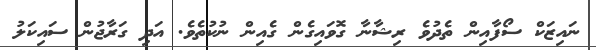
ނައިޒަކް ސޯފާއިން ތެދުވެ ރިޝާނާ ގޮވައިގެން ގެއިން ނުކުތެވެ. އަދި ގަރާޖުން ސައިކަލު